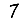
Digit: 7